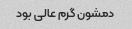
دمشون گرم عالی بود